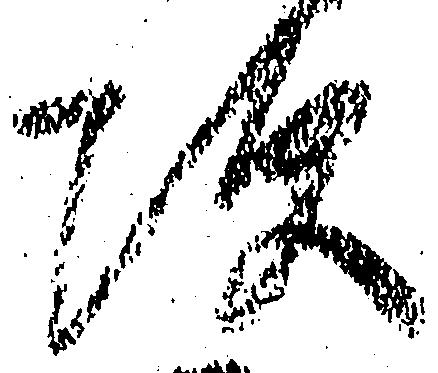
次